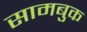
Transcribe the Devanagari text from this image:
सामबुक